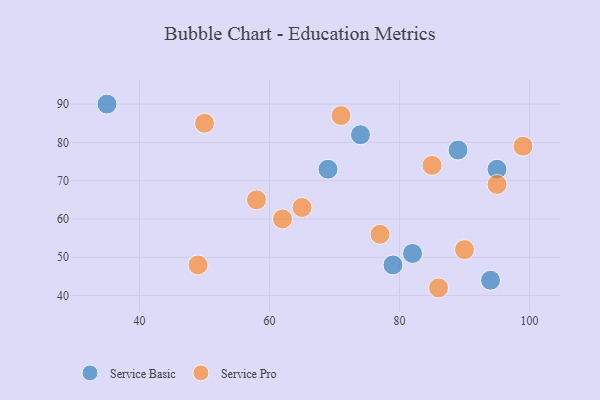
{"axis": {"x": "GDP", "y": "Life Expectancy"}, "legend": ["Service Basic", "Service Pro"], "data": [{"x": "95", "y": 73, "type": "Service Basic"}, {"x": "82", "y": 51, "type": "Service Basic"}, {"x": "69", "y": 73, "type": "Service Basic"}, {"x": "89", "y": 78, "type": "Service Basic"}, {"x": "74", "y": 82, "type": "Service Basic"}, {"x": "79", "y": 48, "type": "Service Basic"}, {"x": "35", "y": 90, "type": "Service Basic"}, {"x": "94", "y": 44, "type": "Service Basic"}, {"x": "77", "y": 56, "type": "Service Pro"}, {"x": "86", "y": 42, "type": "Service Pro"}, {"x": "50", "y": 85, "type": "Service Pro"}, {"x": "65", "y": 63, "type": "Service Pro"}, {"x": "71", "y": 87, "type": "Service Pro"}, {"x": "58", "y": 65, "type": "Service Pro"}, {"x": "95", "y": 69, "type": "Service Pro"}, {"x": "85", "y": 74, "type": "Service Pro"}, {"x": "90", "y": 52, "type": "Service Pro"}, {"x": "62", "y": 60, "type": "Service Pro"}, {"x": "49", "y": 48, "type": "Service Pro"}, {"x": "99", "y": 79, "type": "Service Pro"}]}